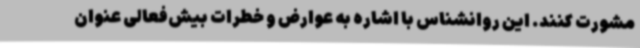
مشورت کنند. این روانشناس با اشاره به عوارض و خطرات بیش‌فعالی عنوان